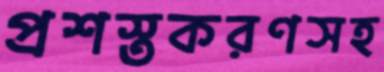
প্রশস্তকরণসহ